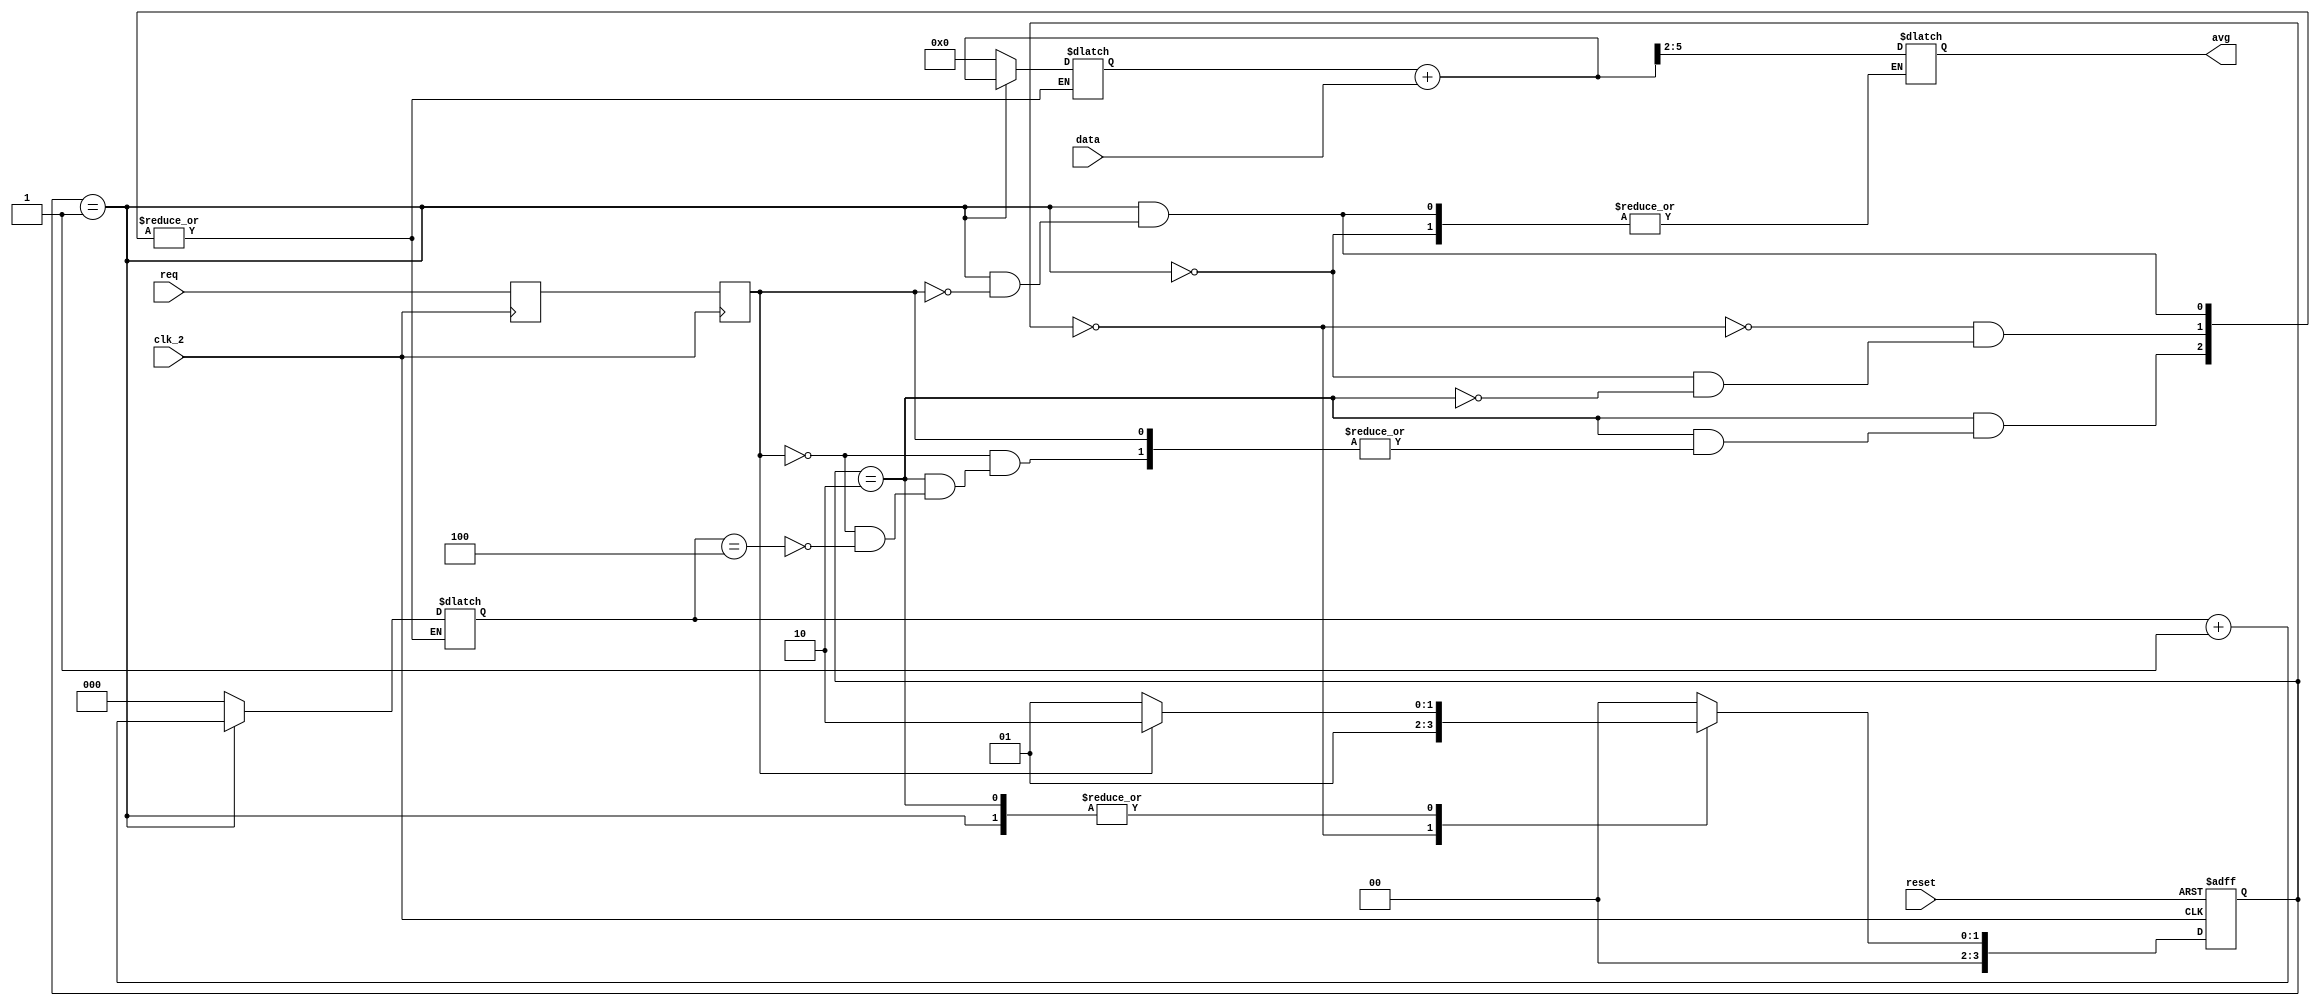
module homeworkVIII_2_Data_Avg
(
input clk_2,
input reset,
input req,
input [3:0]data,
output reg [3:0]avg
);


reg [2:0]cnt;//
reg DFF1,DFF2;//req
//reg [3:0] data_DFF1,data_DFF2;//
reg [5:0] AU;//
reg [3:0] current_state,next_state;//


//req
always@(posedge clk_2)
begin
    DFF1 <= req;
    DFF2 <= DFF1;
end


parameter
IDLE = 4'd0,
REQ_ACTIVE = 4'd1,
REQ_RELEASE = 4'd2;


always@(posedge clk_2 or posedge reset)
begin
    if(reset)
        current_state <= IDLE;
    else
        current_state <= next_state;
end


always@(*)
begin
    next_state = IDLE;
    case(current_state)
        IDLE :
            begin
            cnt = 3'd0;
            AU = 6'd0;
            next_state = REQ_ACTIVE;
            end
        REQ_ACTIVE :
            begin
                if(DFF2)
                    begin
                        cnt = cnt + 1'b1;//
                        AU = AU + data;//
                        next_state = REQ_RELEASE;//
                        avg = AU[5:2];///4
                    end
                else
                    next_state = REQ_ACTIVE;//
            end
        REQ_RELEASE :
            begin
                if(!DFF2)
                    begin
                        next_state = REQ_ACTIVE;//
                        if(cnt == 3'd4)//
begin
cnt = 3'd0;
AU = 6'd0;
end
else;
end
else
next_state = REQ_RELEASE;//
end
default :
next_state = IDLE;
endcase
end


endmodule